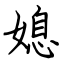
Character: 媳